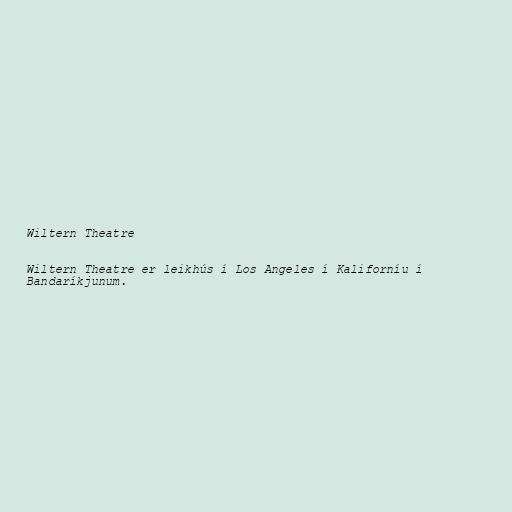
Wiltern Theatre

Wiltern Theatre er leikhús í Los Angeles í Kaliforníu í
Bandaríkjunum.